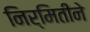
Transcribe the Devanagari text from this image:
निर्मितीने